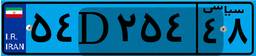
۳۹D۶۶۹۴۵